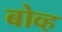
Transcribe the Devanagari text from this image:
बोव्ह